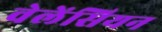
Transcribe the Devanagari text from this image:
वेलेंसियन